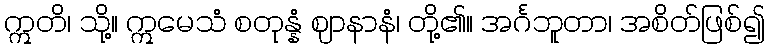
ဣတိ၊ သို့။ ဣမေသံ စတုန္နံ ဈာနာနံ၊ တို့၏။ အင်္ဂဘူတာ၊ အစိတ်ဖြစ်၍